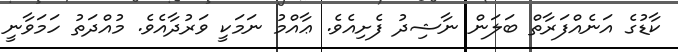
ކާޑުގެ އަނެއްފަރާތް ބަލަން ނާޝިދު ފެށިއެވެ. ޢާއްމު ނަމަކީ ވަރުދާއެވެ. މުއްދަތު ހަމަވާނީ